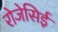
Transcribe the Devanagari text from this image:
रोजेसिई